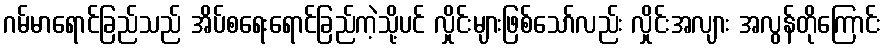
ဂမ်မာရောင်ခြည်သည် အိပ်စရေးရောင်ခြည်ကဲ့သို့ပင် လှိုင်းများဖြစ်သော်လည်း လှိုင်းအလျား အလွန်တိုကြောင်း